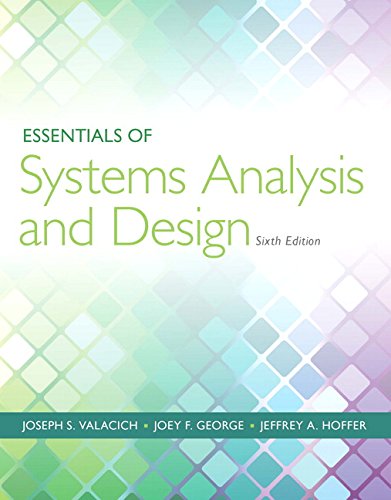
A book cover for Essentials of Systems Analysis and Design (6th Edition); Joseph Valacich; Science & Math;